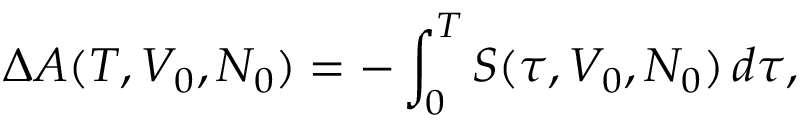
\Delta A ( T , V _ { 0 } , N _ { 0 } ) = - \int _ { 0 } ^ { T } S ( \tau , V _ { 0 } , N _ { 0 } ) \, d \tau ,